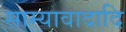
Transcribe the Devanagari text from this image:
साम्यावादादि